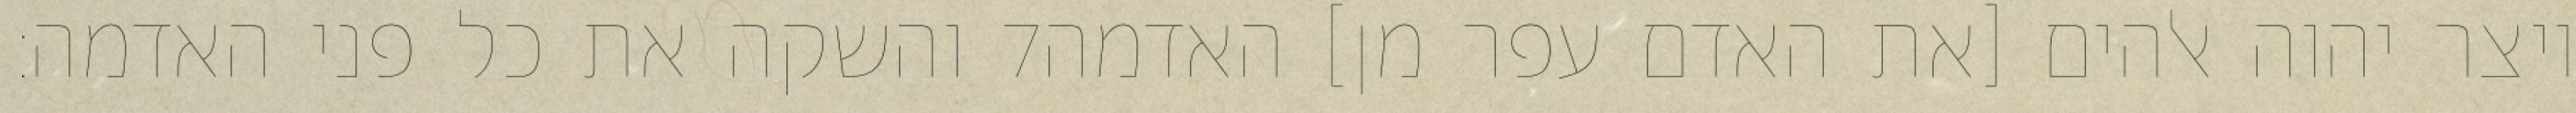
והשקה את כל פני האדמה׃ ‎7‏ ויצר יהוה אלהים [את האדם עפר מן] האדמה